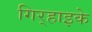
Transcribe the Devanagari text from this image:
गिर्‍हाइके